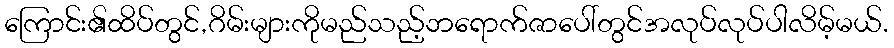
ကြောင်း၏ထိပ်တွင်,ဂိမ်းများကိုမည်သည့်ဘရောက်ဇာပေါ်တွင်အလုပ်လုပ်ပါလိမ့်မယ်.